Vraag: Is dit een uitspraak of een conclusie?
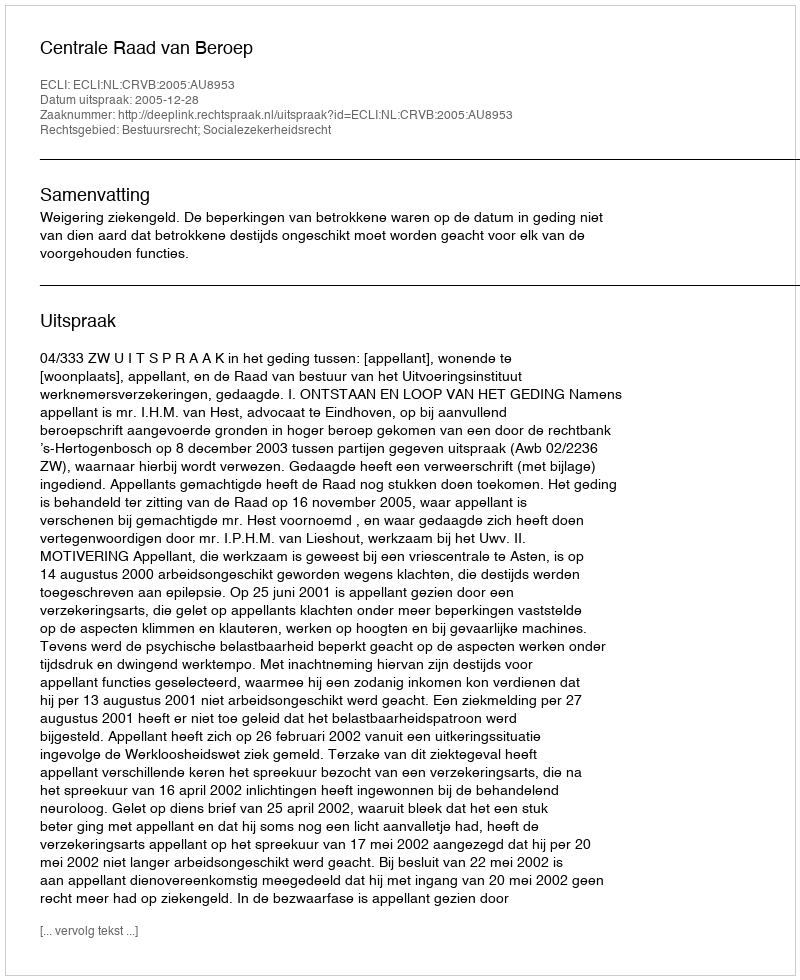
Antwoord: Uitspraak